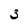
Character: 3